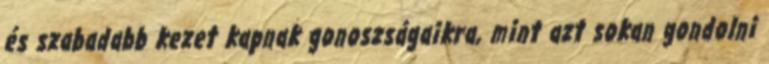
és szabadabb kezet kapnak gonoszságaikra, mint azt sokan gondolni